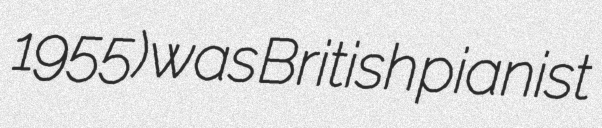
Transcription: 1955) was British pianist